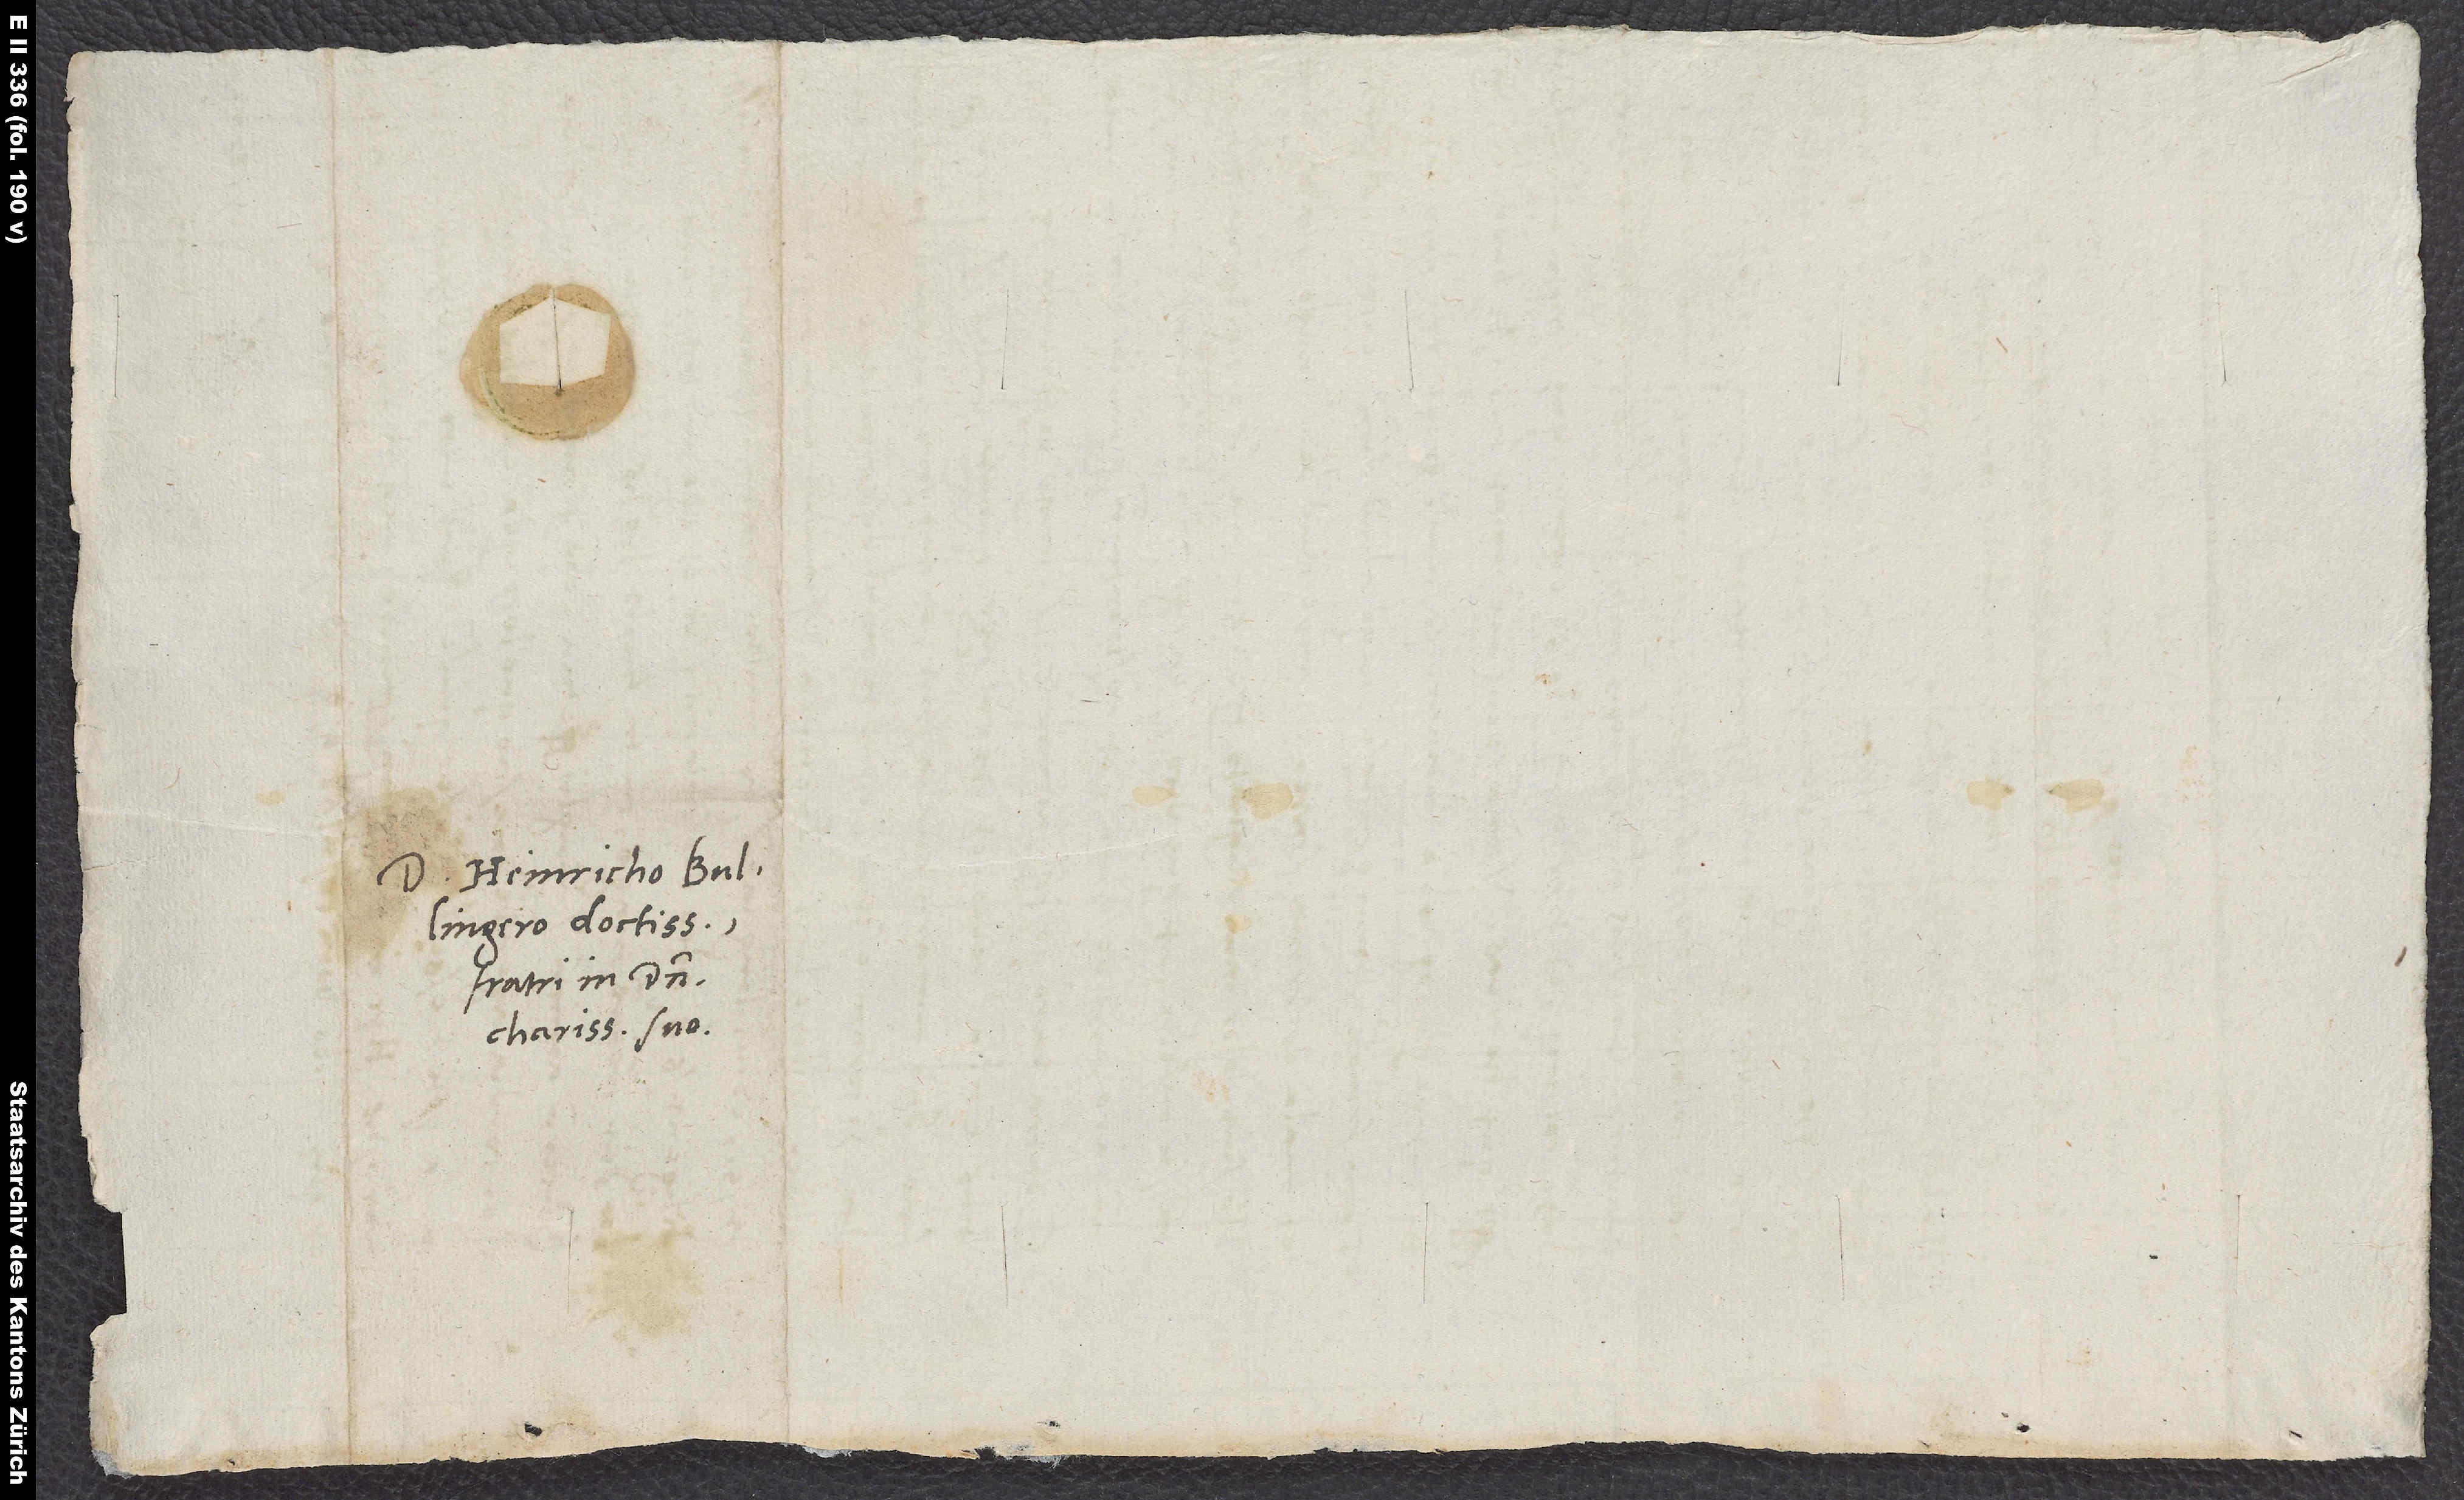
Domino Heinricho Bullingero
fratri in domino
charissimo suo.